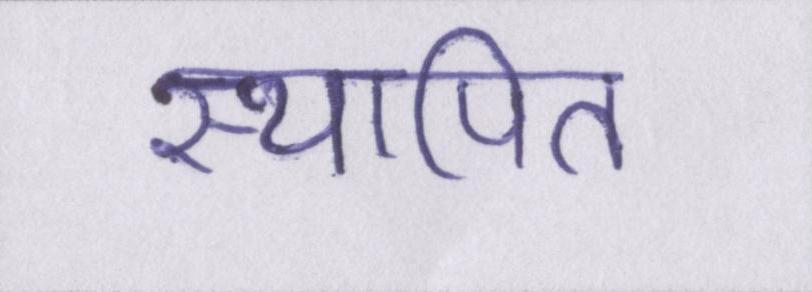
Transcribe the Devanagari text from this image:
स्थापित